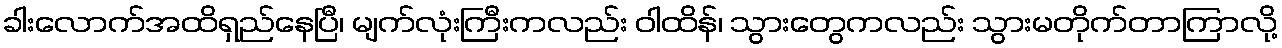
ခါးလောက်အထိရှည်နေပြီ၊ မျက်လုံးကြီးကလည်း ဝါထိန်၊ သွားတွေကလည်း သွားမတိုက်တာကြာလို့